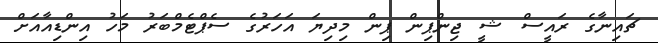
ޗައިނާގެ ރައީސް ޝީ ޖިންޕިން ޕިން މިދިޔަ އަހަރުގެ ސެޕްޓެމްބަރު މަހު އިންޑިއާއަށް